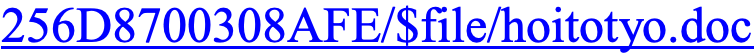
256D8700308AFE/$file/hoitotyo.doc